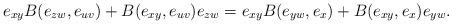
LaTeX: \begin{align*}e_{xy}B(e_{zw},e_{uv})+B(e_{xy},e_{uv})e_{zw}&=e_{xy}B(e_{yw},e_x)+B(e_{xy},e_x)e_{yw}.\end{align*}